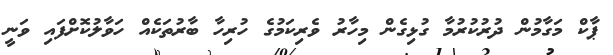
ޕާކް މަގާމުން ދުރުކުރުމާ ގުޅިގެން މިހާރު ވެރިކަމުގެ ހުރިހާ ބާރުތަކެއް ހަވާލުކޮށްފައި ވަނީ